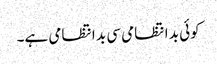
کوئی بد انتظامی سی بد انتظامی ہے۔